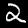
Label: 2